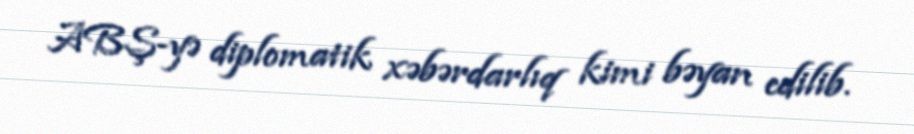
ABŞ-yə diplomatik xəbərdarlıq kimi bəyan edilib.